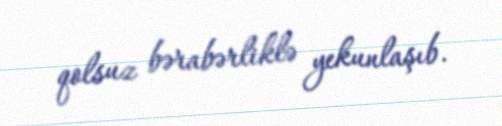
qolsuz bərabərliklə yekunlaşıb.